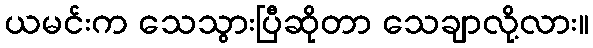
ယမင်းက သေသွားပြီဆိုတာ သေချာလို့လား။